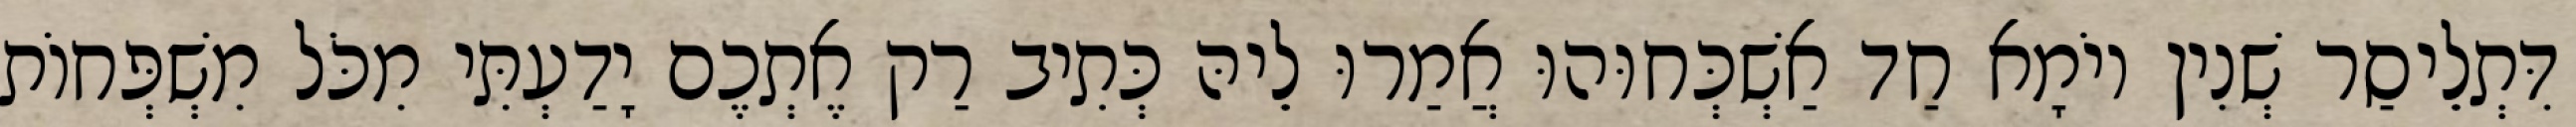
דִּתְלֵיסַר שְׁנִין יוֹמָא חַד אַשְׁכְּחוּהוּ אֲמַרוּ לֵיהּ כְּתִיב רַק אֶתְכֶם יָדַעְתִּי מִכֹּל מִשְׁפְּחוֹת